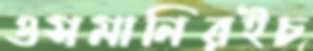
ওসমানিরইচ